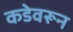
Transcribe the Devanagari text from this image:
कडेवरून